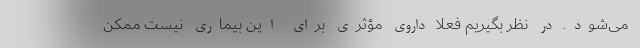
می‌شود. در نظر بگیریم فعلاً داروی مؤثری برای این بیماری نیست ممکن